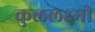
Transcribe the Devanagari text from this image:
कुललक्ष्मी